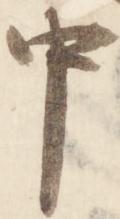
中